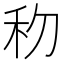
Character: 𥝢